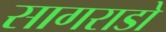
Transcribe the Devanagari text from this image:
सागराडो